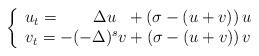
LaTeX: \begin{align*}\left\{\begin{array}{l}u_t=\hphantom{-(-}\Delta u\hphantom{)^s}\!+\left(\sigma-(u+v)\right)u\\v_t=-(-\Delta)^sv+\left(\sigma-(u+v)\right)v\end{array}\right.\end{align*}